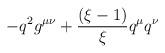
LaTeX: \begin{align*}-q^2 g^{\mu\nu}+\frac{(\xi-1)}{\xi} q^\mu q^\nu\end{align*}